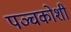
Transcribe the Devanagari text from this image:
पञ्चकोशी